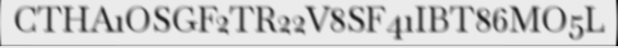
CTHA1OSGF2TR22V8SF41IBT86MO5L